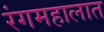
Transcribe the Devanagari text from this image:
रंगमहालात